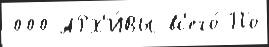
000 АРХ'И́ВЫ вс'его́ По